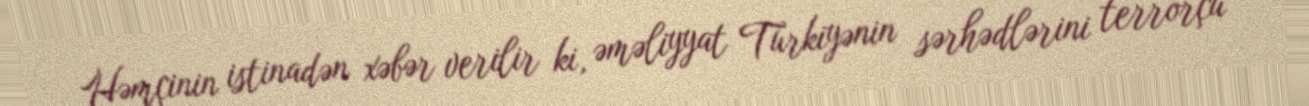
Həmçinin istinadən xəbər verilir ki, əməliyyat Türkiyənin sərhədlərini terrorçu